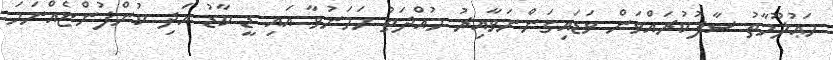
މަޢުލޫމާތު ސާފުކުރައްވަން ވަޑައިގަންނަވާއިރު މުއްދަތު ހަމަނުވާ އައި ޑީ ކާޑު އަދި ކުންފުންޏެއްނަމަ